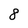
Character: 8